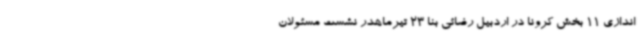
اندازی 11 بخش کرونا در اردبیل رضائی بنا 23 تیرماهدر نشست مسئولان